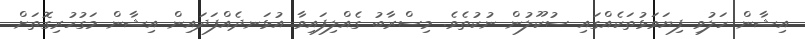
އިޝާން ހަލުވި ފިޔަވަޅުތަކެއްގައި ސުކޫލުން ނުކުތެވެ. މިސްރާބު ގެއްލިފައިވާ އުޅަނދެއްފަދައިން އިޝާން މަގުހުރިގޮތަށް